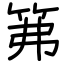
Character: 笰